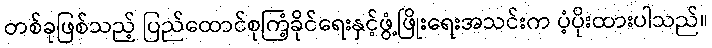
တစ်ခုဖြစ်သည့် ပြည်ထောင်စုကြံ့ခိုင်ရေးနှင့်ဖွံ့ဖြိုးရေးအသင်းက ပံ့ပိုးထားပါသည်။